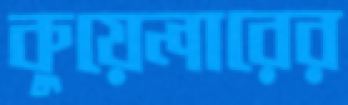
কুয়েলারের